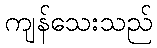
ကျန်သေးသည်